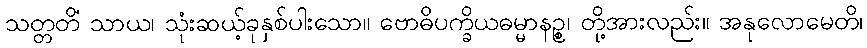
သတ္တတိံ သာယ၊ သုံးဆယ့်ခုနှစ်ပါးသော။ ဗောဓိပက္ခိယဓမ္မာနဉ္စ၊ တို့အားလည်း။ အနုလောမေတိ၊